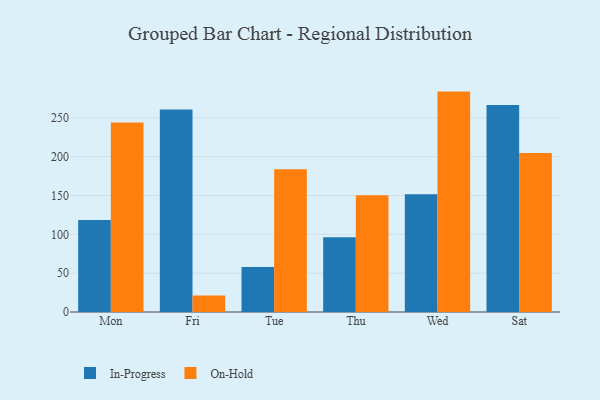
{"axis": {"x": "Day", "y": "Bounce Rate (%)"}, "legend": ["In-Progress", "On-Hold"], "data": [{"x": "Mon", "y": 118.6, "type": "In-Progress"}, {"x": "Mon", "y": 244.1, "type": "On-Hold"}, {"x": "Fri", "y": 260.8, "type": "In-Progress"}, {"x": "Fri", "y": 21.4, "type": "On-Hold"}, {"x": "Tue", "y": 57.9, "type": "In-Progress"}, {"x": "Tue", "y": 183.9, "type": "On-Hold"}, {"x": "Thu", "y": 96.2, "type": "In-Progress"}, {"x": "Thu", "y": 150.2, "type": "On-Hold"}, {"x": "Wed", "y": 151.6, "type": "In-Progress"}, {"x": "Wed", "y": 283.8, "type": "On-Hold"}, {"x": "Sat", "y": 266.5, "type": "In-Progress"}, {"x": "Sat", "y": 204.7, "type": "On-Hold"}]}